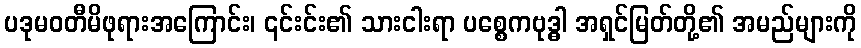
ပဒုမဝတီမိဖုရားအကြောင်း၊ ၎င်းင်း၏ သားငါးရာ ပစ္စေကဗုဒ္ဓါ အရှင်မြတ်တို့၏ အမည်များကို